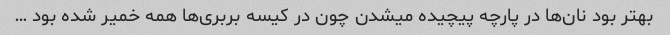
بهتر بود نان‌ها در پارچه پیچیده میشدن چون در کیسه بربری‌ها همه خمیر شده بود …